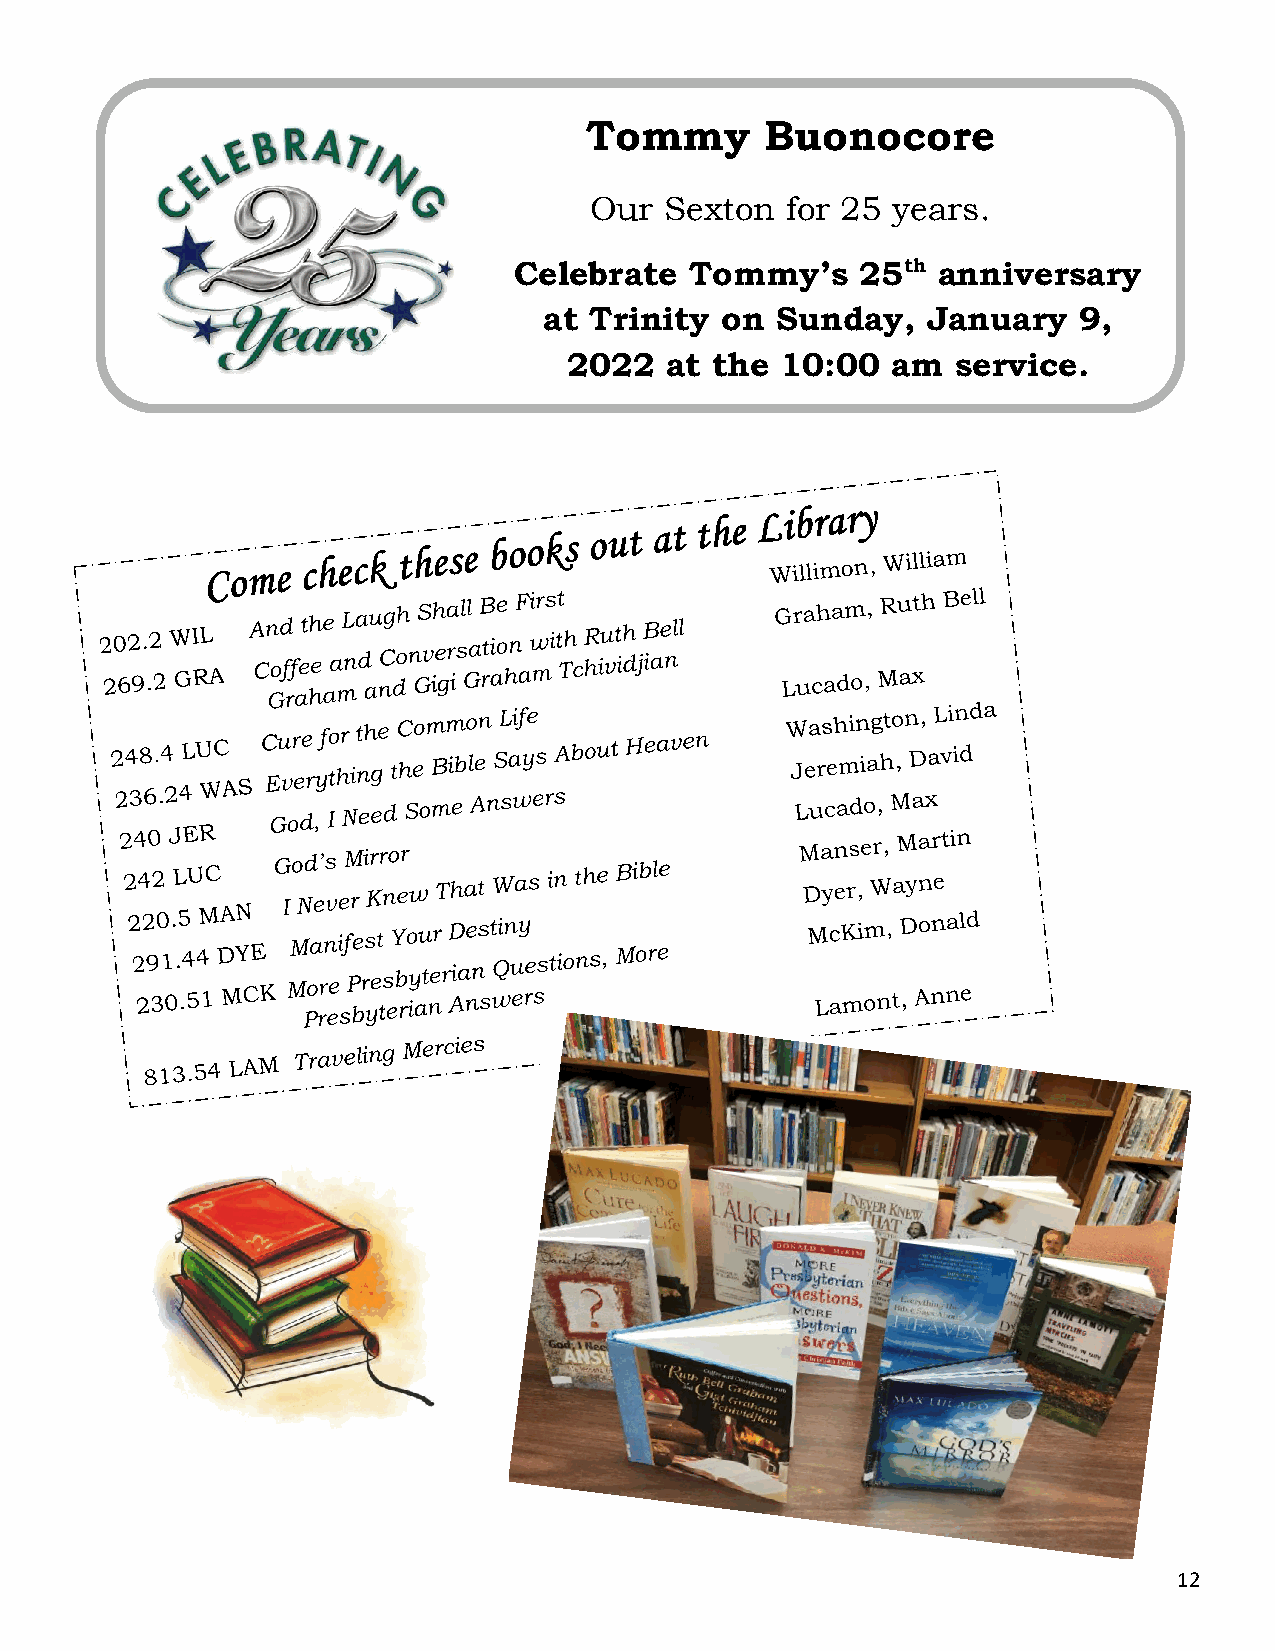
Tommy       Buonocore
 Our  Sexton  for 25 years.
 Celebrate   Tommy’s    25th anniversary
 at Trinity  on Sunday,   January   9,
 2022  a t the 10:00  am  service.
 12